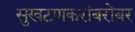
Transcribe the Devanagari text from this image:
सुखटणकरांबरोबर